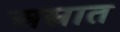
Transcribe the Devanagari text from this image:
अस्त्रात